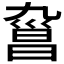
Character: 𣉑